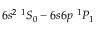
6 s ^ { 2 } ~ ^ { 1 } S _ { 0 } - 6 s 6 p ~ ^ { 1 } P _ { 1 }